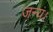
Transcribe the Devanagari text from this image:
जन्य।